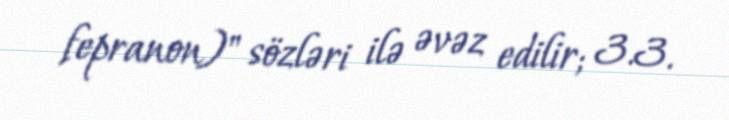
fepranon)" sözləri ilə əvəz edilir; 3.3.